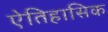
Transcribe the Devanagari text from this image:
ऐतिहासिक